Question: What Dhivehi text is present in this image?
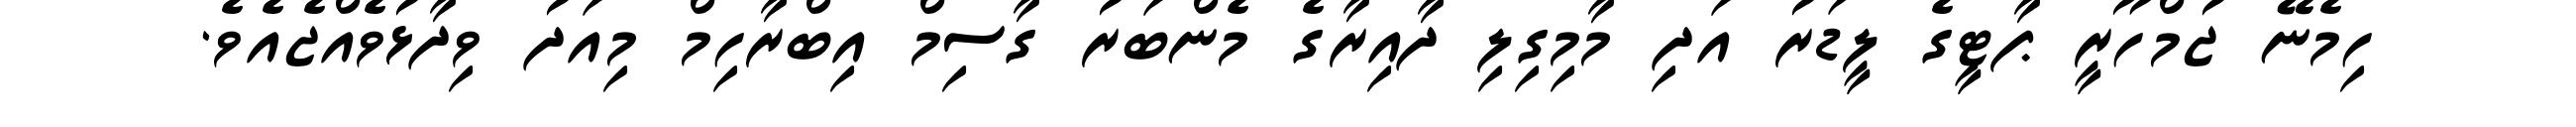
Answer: ހިމެނޭ ޖުމްހޫރީ ޕާޓީގެ ލީޑަރު އަދި މާމިގިލި ދާއިރާގެ މެންބަރު ގާސިމް އިބްރާހިމް މިއަދު ވިދާޅުވެއްޖެއެވެ.